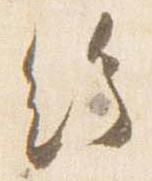
給